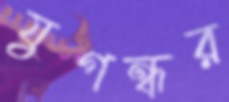
যুগন্ধর